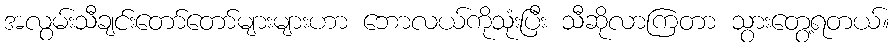
အလွမ်းသီချင်းတော်တော်များများဟာ ဘောလယ်ကိုသုံးပြီး သီဆိုလာကြတာ သွားတွေ့ရတယ်။